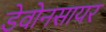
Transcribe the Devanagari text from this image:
डेवोनसायर